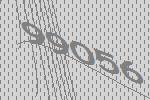
99056